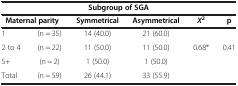
<table><thead><tr><td colspan="6"><b>Subgroup of SGA</b></td></tr><tr><td colspan="2"><b>Maternal parity</b></td><td><b>Symmetrical</b></td><td><b>Asymmetrical</b></td><td><b><i>X</i><sup>2</sup></b></td><td><b>p</b></td></tr></thead><tbody><tr><td>1</td><td>(n = 35)</td><td>14 (40.0)</td><td>21 (60.0)</td><td> </td><td> </td></tr><tr><td>2 to 4</td><td>(n = 22)</td><td>11 (50.0)</td><td>11 (50.0)</td><td>0.68*</td><td>0.41</td></tr><tr><td>5+</td><td>(n = 2)</td><td>1 (50.0)</td><td>1 (50.0)</td><td> </td><td> </td></tr><tr><td>Total</td><td>(n = 59)</td><td>26 (44.1)</td><td>33 (55.9)</td><td> </td><td> </td></tr></tbody></table>